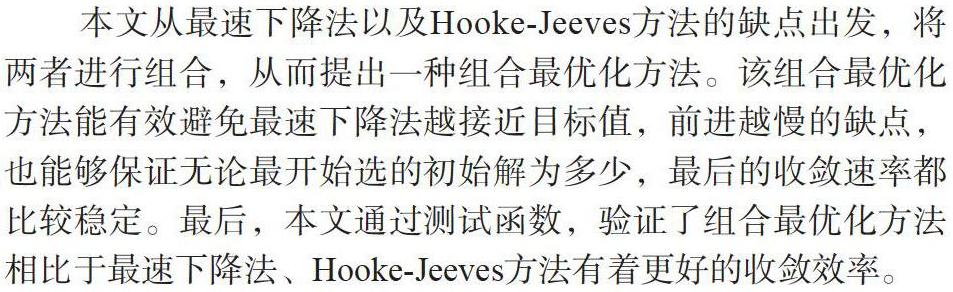
本文从最速下降法以及Hooke-Jeeves方法的缺点出发，将两者进行组合，从而提出一种组合最优化方法。该组合最优化方法能有效避免最速下降法越接近目标值，前进越慢的缺点，也能够保证无论最开始选的初始解为多少，最后的收敛速率都比较稳定。最后，本文通过测试函数，验证了组合最优化方法相比于最速下降法、Hooke-Jeeves方法有着更好的收敛效率。